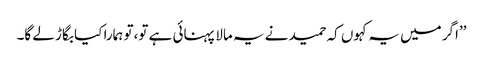
’’اگر میں یہ کہوں کہ حمید نے یہ مالا پہنائی ہے تو،تو ہمارا کیا بگاڑ لے گا۔